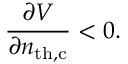
\frac { \partial V } { \partial n _ { \mathrm { t h , c } } } < 0 .